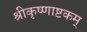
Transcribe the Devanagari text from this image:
श्रीकृष्णाष्टकम्